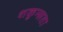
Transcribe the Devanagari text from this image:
शकुन्‍लता